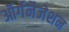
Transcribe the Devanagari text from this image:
ऑर्गनैजेशन